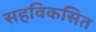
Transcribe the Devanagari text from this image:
सहविकसित